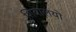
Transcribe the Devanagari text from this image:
शिवालयो